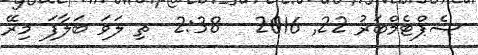
ސެޕްޓެމްބަރު 22